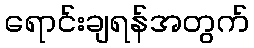
ရောင်းချရန်အတွက်